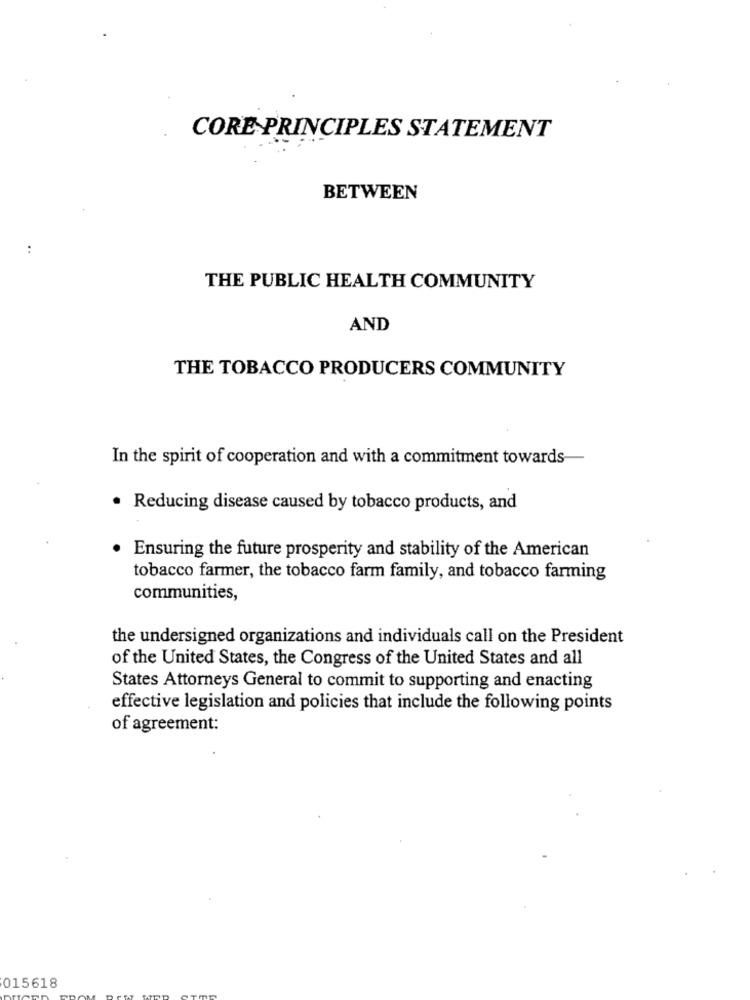
CORE PRINCIPLES STATEMENT
BETWEEN
..
THE PUBLIC HEALTH COMMUNITY
AND
THE TOBACCO PRODUCERS COMMUNITY
In the spirit of cooperation and with a commitment towards
· Reducing disease caused by tobacco products, and
Ensuring the future prosperity and stability of the American
tobacco farmer, the tobacco farm family, and tobacco farming
communities,
the undersigned organizations and individuals call on the President
of the United States, the Congress of the United States and all
States Attorneys General to commit to supporting and enacting
effective legislation and policies that include the following points
of agreement:
015618